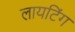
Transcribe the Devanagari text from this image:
लायटिंग